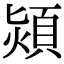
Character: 熲